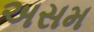
અસમ